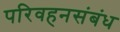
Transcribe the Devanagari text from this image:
परिवहनसंबंध